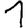
Digit: 1